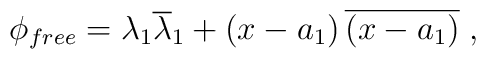
\phi_{free}=\lambda_{1}\overline{\lambda}_{1}+\left(  x-a_{1}\right)\overline{\left(  x-a_{1}\right)  }\;,